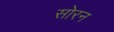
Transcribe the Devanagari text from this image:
सोरन